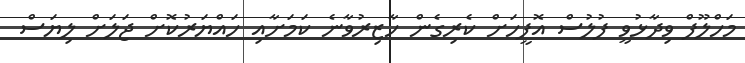
މަހްލޫފް ވިދާޅުވީ ފުލުސް އޮފީހަށް ކެރިގެން ހާޒިރުވާނެ ކަމަށާއި ހައްޔަރުކޮށް ޖަލަށް ލިޔަސް